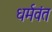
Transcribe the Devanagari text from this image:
धर्मवंत